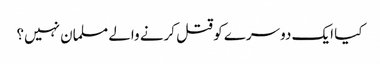
کیا ایک دوسرے کو قتل کرنے والے مسلمان نہیں؟